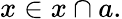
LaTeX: x\in x\cap a.